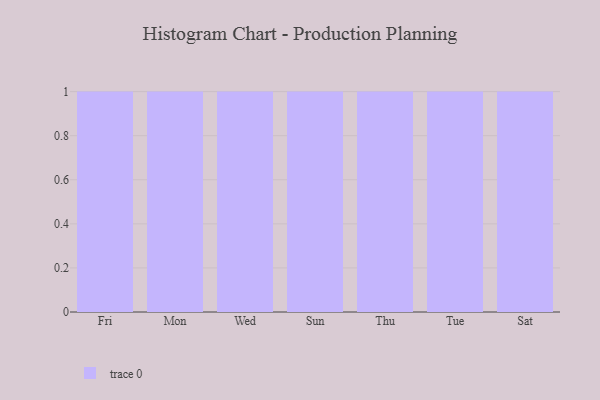
{"axis": {"x": "Day", "y": "Conversion Rate (%)"}, "legend": [""], "data": [{"x": "Fri", "y": 88, "type": ""}, {"x": "Mon", "y": 91, "type": ""}, {"x": "Wed", "y": 83, "type": ""}, {"x": "Sun", "y": 67, "type": ""}, {"x": "Thu", "y": 62, "type": ""}, {"x": "Tue", "y": 85, "type": ""}, {"x": "Sat", "y": 78, "type": ""}]}